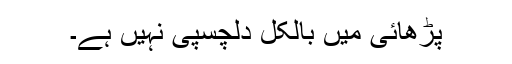
پڑھائی میں بالکل دلچسپی نہیں ہے۔